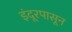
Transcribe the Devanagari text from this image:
इंदूरपासून